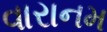
વારાનમ